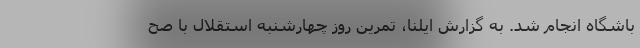
باشگاه انجام شد. به گزارش ایلنا، تمرین روز چهارشنبه استقلال با صح